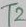
Text: T2